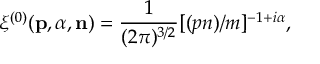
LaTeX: \Delta { m } _ { \mathrm { p r } } ^ { 2 } \sim g _ { \varphi } ^ { 2 } \langle \chi ^ { 2 } \rangle \sim 1 0 ^ { - 1 } \: \frac { g _ { \varphi } ^ { 2 } } { g _ { \phi } } \: M _ { \phi } M _ { P } .